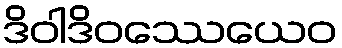
ဒိဝါဒိဝဿေယေဝ